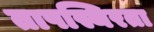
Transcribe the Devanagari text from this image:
तापस्थिरता